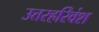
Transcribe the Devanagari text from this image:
उत्तरहरिवंश